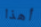
أهذا